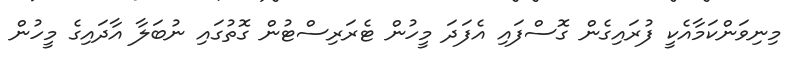
މިނިވަންކަމާއެކީ ފުރައިގެން ގޮސްފައި އެފަދަ މީހުން ޓެރަރިސްޓުން ގޮތުގައި ނުބަލާ އާދައިގެ މީހުން